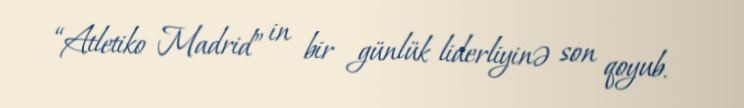
“Atletiko Madrid” in bir günlük liderliyinə son qoyub.